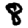
Digit: 8